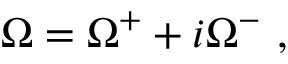
\Omega = \Omega ^ { + } + i \Omega ^ { - } \ ,